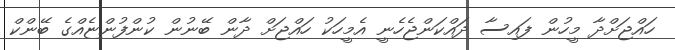
ހައްޖަށްދާ މީހުން ފައިސާ ދައްކަންޖެހެނީ އެމީހަކު ހައްޖަށް ދާން ބޭނުން ކުންފުންޏެއްގެ ބޭންކް